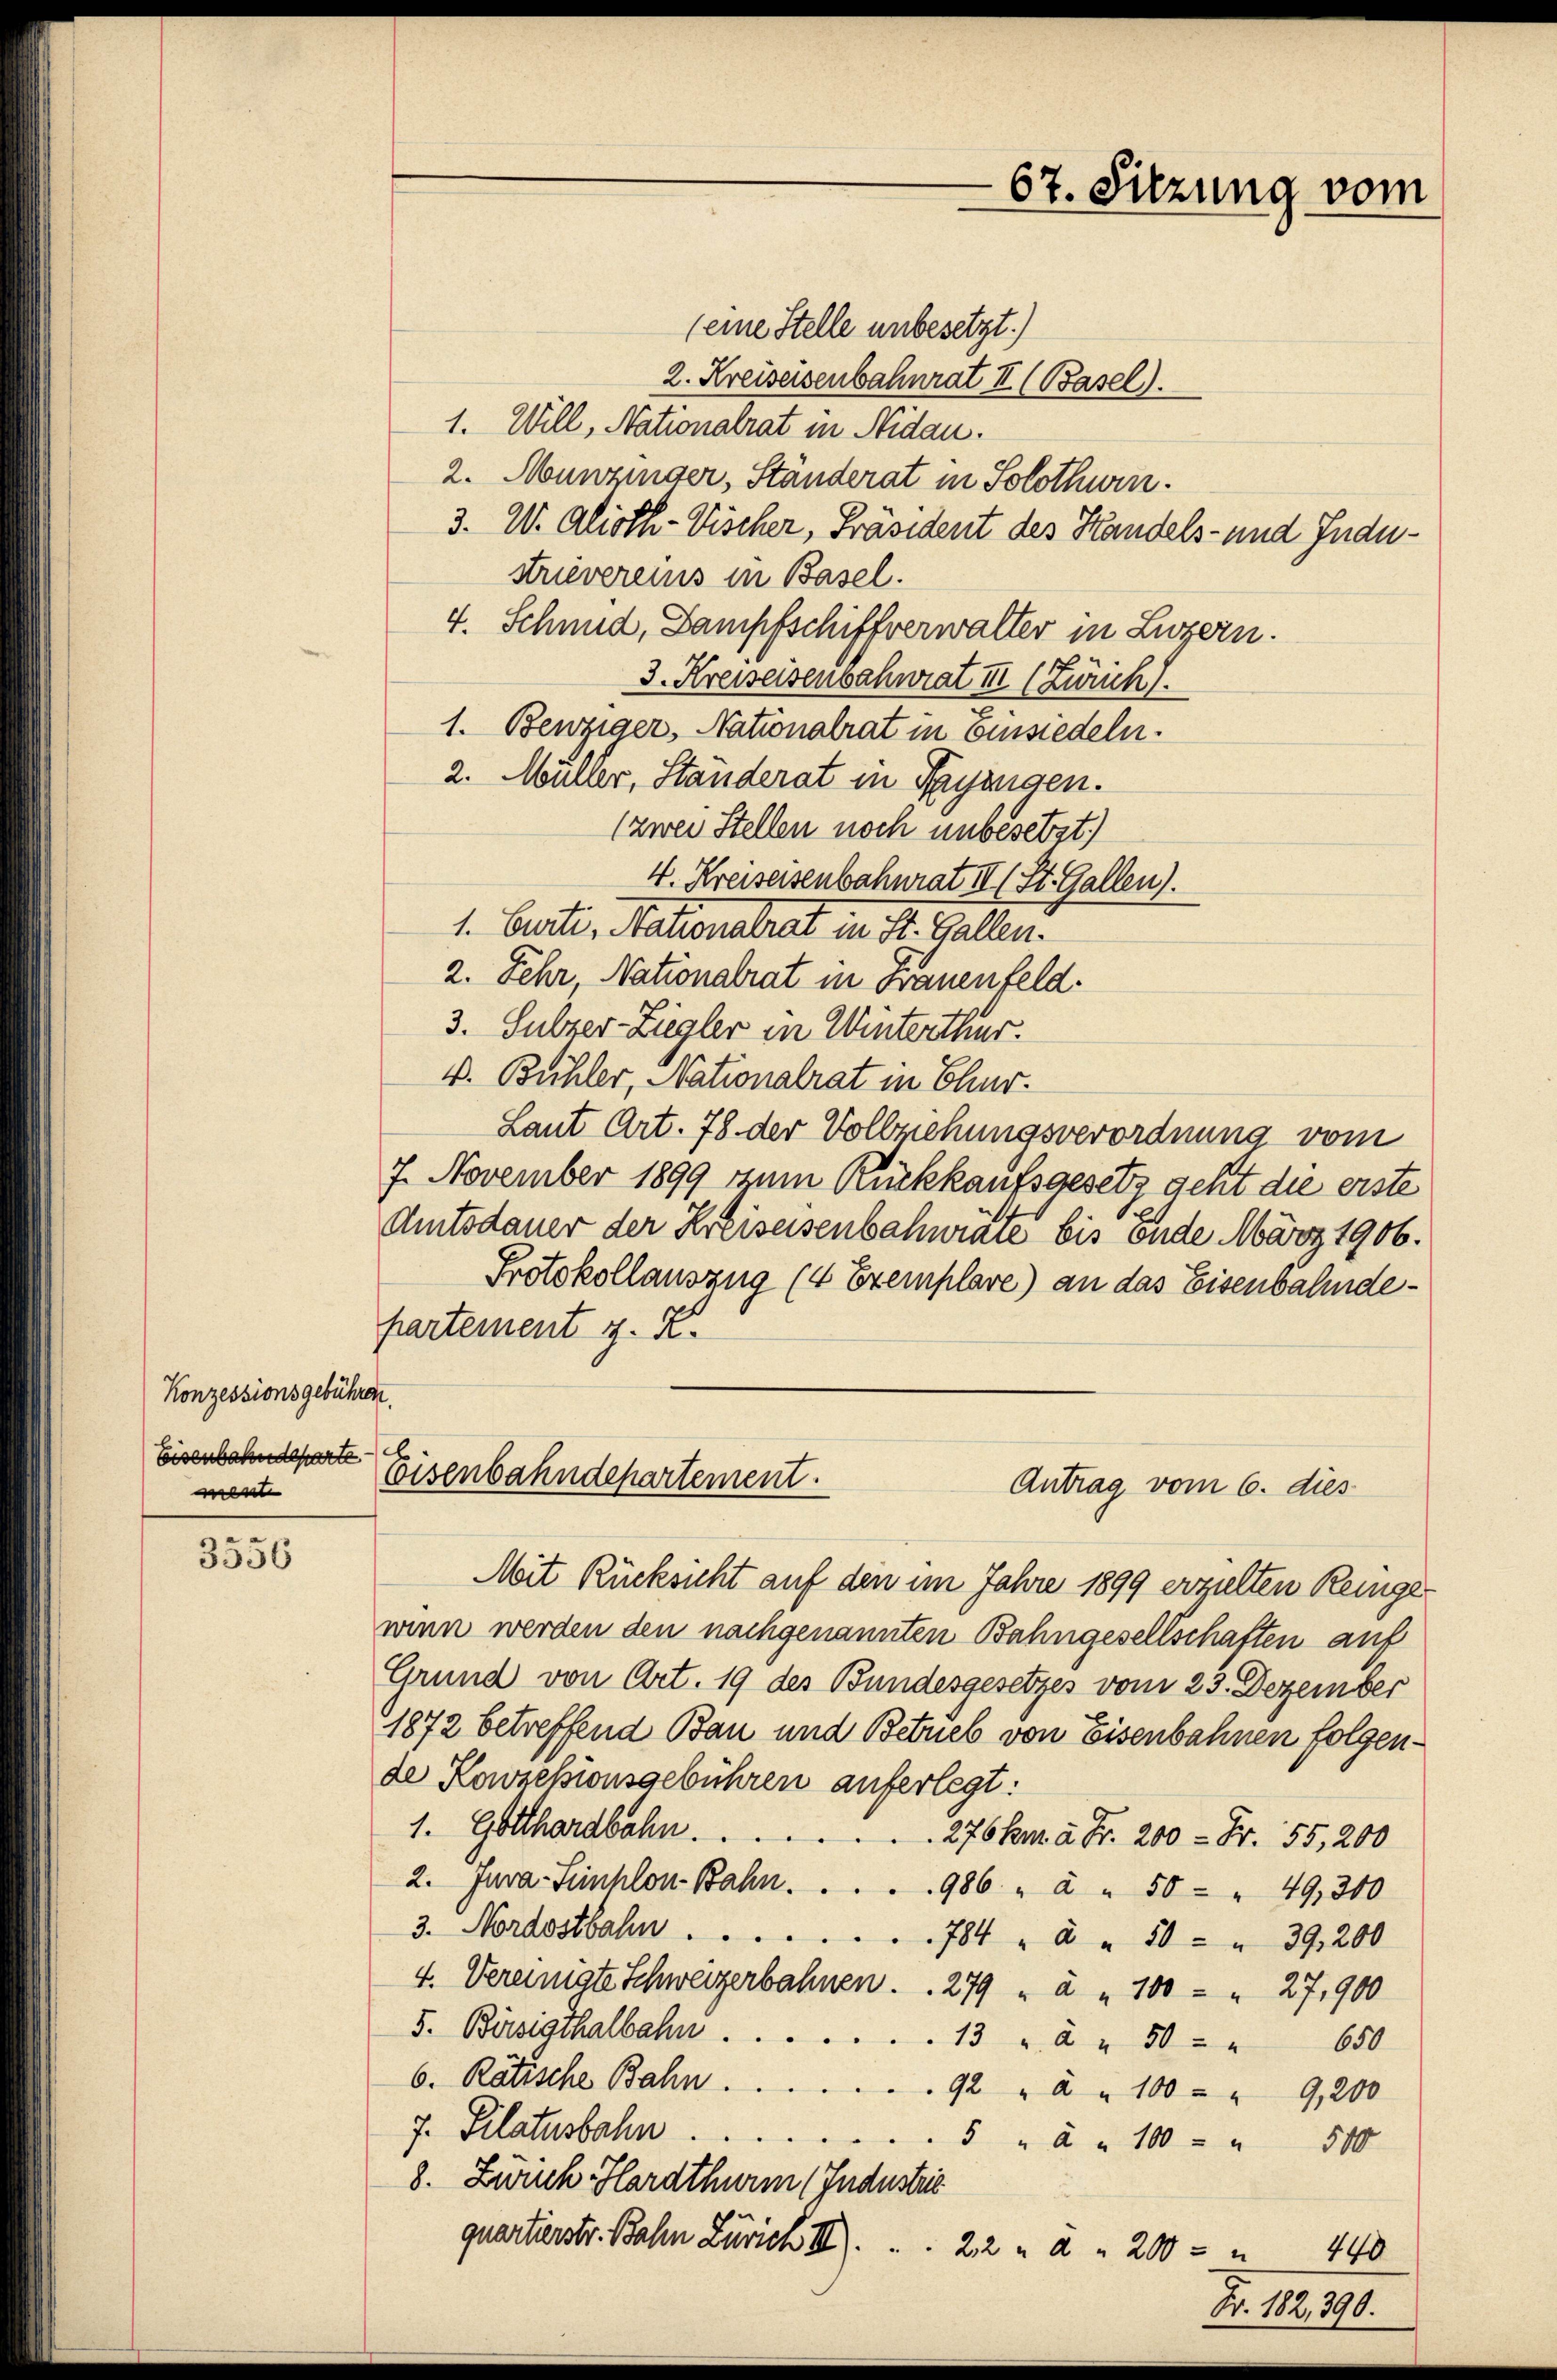
Konzessionsgebühren.
Eisenbahndeparte.
ment

3556

(eine Stelle unbesetzt.)
2. Kreiseisenbahnrat II (Basel.
1. Will, Nationalrat in Nidau.
2. Munzinger, Ständerat in Solothurn.
3. W. Alioth-Vischer, Präsident des Handels- und Industrievereins in Basel.
4. Schmid, Dampfschiffverwalter in Luzern.
3. Kreiseisenbahnrat III (Zürich
1. Benziger, Nationalrat in Einsiedeln.
2. Müller, Ständerat in Payenigen.
(zwei Stellen noch unbesetzt.)
4. Kreiseisenbahnrat II (St. Gallen).
1. Certi, Nationalrat in St. Gallen.
2. Fehr Nationalrat in Frauenfeld.
3. Sulzer-Ziegler in Winterthur.
V. Bühler, Nationalrat in Chur-
Laut Art. 78 der Vollziehungsverordnung vom
7. November 1899 zum Rückkaufsgesetz geht die erste
Amtsdauer der Kreiseisenbahnrate bis ende März 1906.
Protokollauszug (4 Exemplare) an das Eisenbahndepartement z. B.
.
visenbahndepartement.
Antrag vom 6. dies
Mit Rücksicht auf den im Jahre 1899 erzielten Reingewinn werden den nachgenannten Bahngesellschaften auf
Grund von Art. 19 des Bundesgesetzes vom 23. Dezember
1872 betreffend Bau und Betrieb von Eisenbahnen folgende Konzesionsgebühren auferlegt:
1. Gotthardbahn.  ..  ..  .. . . . 276 km à Fr. 200 - Fr. 55, 200
2. Jura-Sinhlon-Bahn.
986 " " " 50 - " 49,300
3. Nordostbahn ....
784 " " " 50 " " 39, 200
4. Vereinigte Schweizerbahnen . . 279 " à " 100 - " 27,900
5. Bösigthalbahn.
13 " " " 50 - " 650
6. Rätische Bahn.
92 " " " 100 " " 9,200
7. Pilatusbahn.
5 " " " 100 - 500
8. Zürich Hardthurm (Industrie
quartierstr. Bahn Zürich III.
22 " " " 200             440

67. Sitzung vom

n. 10. 198.